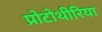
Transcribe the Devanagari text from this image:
प्रोटोथीरिया